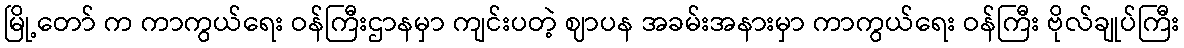
မြို့တော် က ကာကွယ်ရေး ဝန်ကြီးဌာနမှာ ကျင်းပတဲ့ ဈာပန အခမ်းအနားမှာ ကာကွယ်ရေး ဝန်ကြီး ဗိုလ်ချုပ်ကြီး